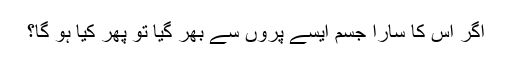
اگر اس کا سارا جسم ایسے پروں سے بھر گیا تو پھر کیا ہو گا؟